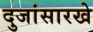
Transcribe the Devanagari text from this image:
दुजांसारखे